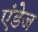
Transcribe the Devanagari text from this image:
एंडेज